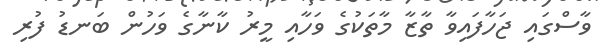
ވާސްގައި ޖަހާފައިވާ ތާޒާ މާތަކުގެ ވަހާއި މީރު ކާނާގެ ވަހުން ބަނޑު ފުރި